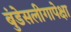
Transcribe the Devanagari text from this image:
बुंडेसलीगापेक्षा